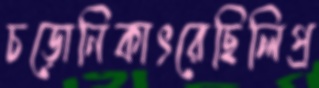
চড়োনিকাৎরেছিলিপ্র